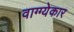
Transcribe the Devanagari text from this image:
वाग्ग्येकार